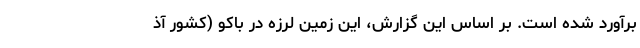
برآورد شده است. بر اساس این گزارش، این زمین لرزه در باکو (کشور آذ